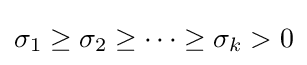
\sigma _{1}\geq \sigma _{2}\geq \dots \geq \sigma _{k}>0